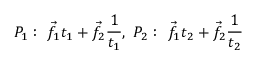
P _ { 1 } : \ { \vec { f } } _ { 1 } t _ { 1 } + { \vec { f } } _ { 2 } { \frac { 1 } { t _ { 1 } } } , \ P _ { 2 } : \ { \vec { f } } _ { 1 } t _ { 2 } + { \vec { f } } _ { 2 } { \frac { 1 } { t _ { 2 } } }